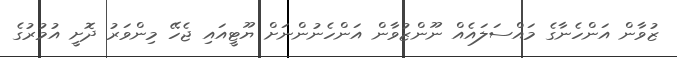
ޒުވާން އަންހެނާގެ މައްސަލައެއް ނޫންޒުވާން އަންހެނުންނަށް ޔޫޓީއައި ޖެހޭ މިންވަރު ދޮށީ އުމުރުގެ